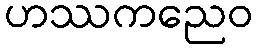
ဟဿကညေဝ